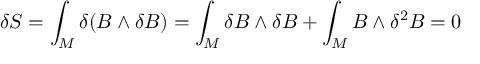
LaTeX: \delta S = \int _ { M } \delta ( B \wedge \delta B ) = \int _ { M } \delta B \wedge \delta B + \int _ { M } B \wedge \delta ^ { 2 } B = 0